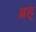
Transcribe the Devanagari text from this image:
ब्रह्